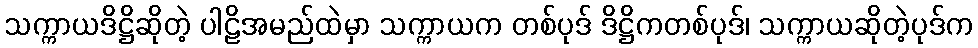
သက္ကာယဒိဋ္ဌိဆိုတဲ့ ပါဠိအမည်ထဲမှာ သက္ကာယက တစ်ပုဒ် ဒိဋ္ဌိကတစ်ပုဒ်၊ သက္ကာယဆိုတဲ့ပုဒ်က